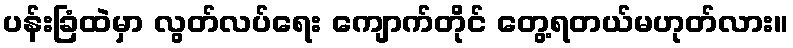
ပန်းခြံထဲမှာ လွတ်လပ်ရေး ကျောက်တိုင် တွေ့ရတယ်မဟုတ်လား။